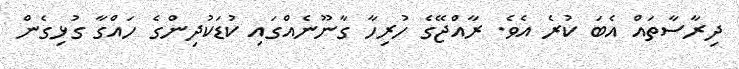
ދިރާސާތައް އެބަ ކުރެ އެވެ. ރާއްޖޭގެ ހުރިހާ ގާނޫނެއްގައި ކުޑަކުދިންގެ ހައްގާ ގުޅިގެން